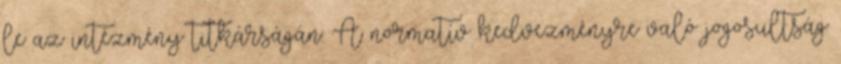
le az intézmény titkárságán. A normatív kedvezményre való jogosultság